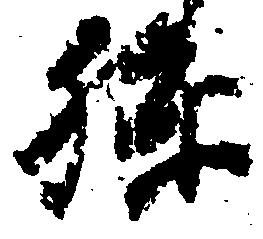
孫